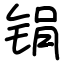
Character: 𫓶